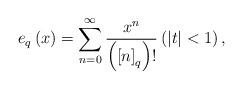
LaTeX: \begin{align*}e_{q}\left( x\right) =\sum_{n=0}^{\infty }\frac{x^{n}}{\left( \left[ n\right]_{q}\right) !}\left( \left\vert t\right\vert <1\right) , \end{align*}